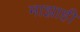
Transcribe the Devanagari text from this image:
माझाही